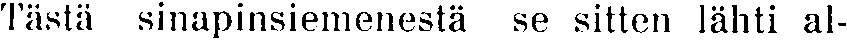
Tästä sinapinsiemenestä se sitten lähti al-